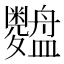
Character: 𱲢